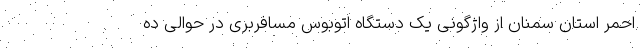
احمر استان سمنان از واژگونی یک دستگاه اتوبوس مسافربری در حوالی ده